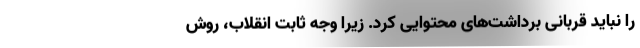
را نباید قربانی برداشت‌های محتوایی کرد. زیرا وجه ثابت انقلاب، روش